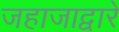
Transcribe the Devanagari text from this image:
जहाजाद्वारे